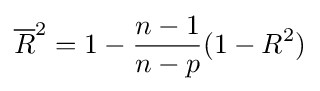
{\overline {R}}^{2}=1-{\frac {n-1}{n-p}}(1-R^{2})